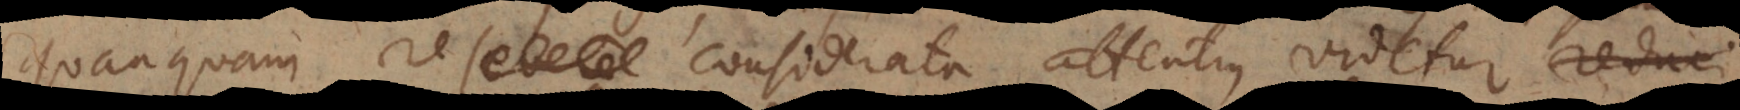
quanquam re severe considerata attentius videtur